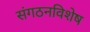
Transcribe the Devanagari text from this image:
संगठनविशेष